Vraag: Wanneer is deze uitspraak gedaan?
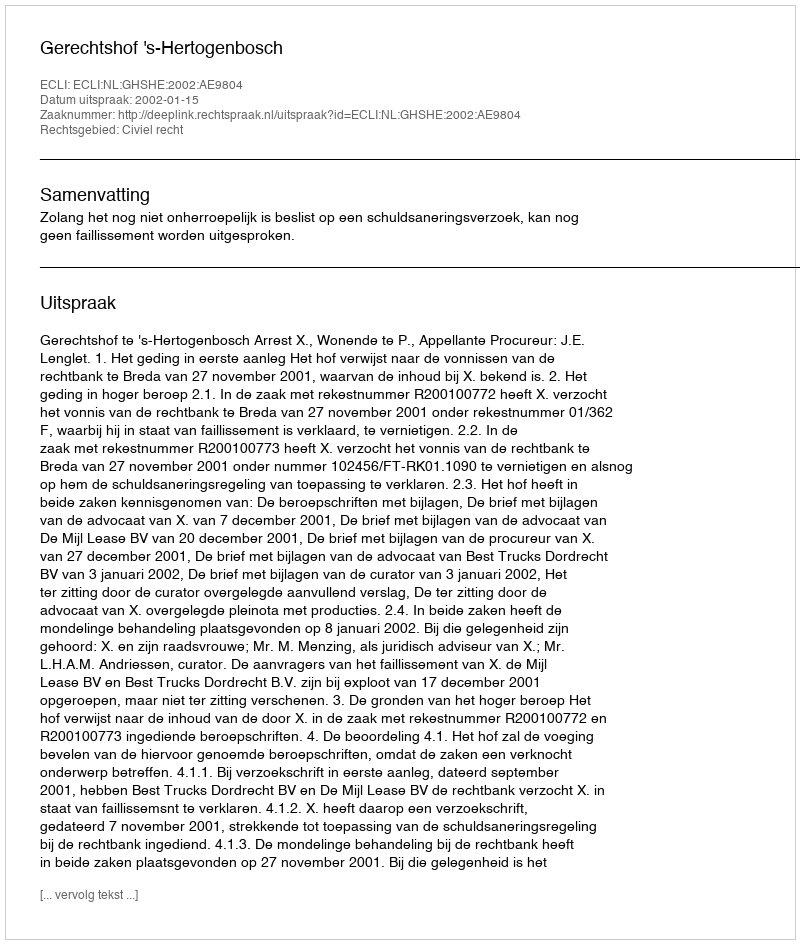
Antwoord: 2002-01-15